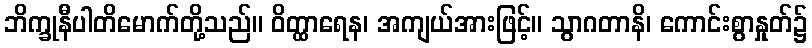
ဘိက္ခုနီပါတိမောက်တို့သည်။ ဝိတ္ထာရေန၊ အကျယ်အားဖြင့်။ သွာဂတာနိ၊ ကောင်းစွာနှုတ်၌